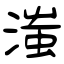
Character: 滍